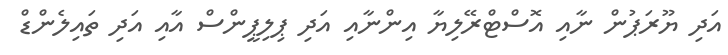
އަދި ޔޫރަޕުން ނާއި އޮސްޓްރޭލިޔާ އިންނާއި އަދި ޕިލިޕީންސް އާއި އަދި ތައިލެންޑް